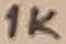
Text: 1K